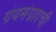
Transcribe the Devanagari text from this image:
ग्रंथसंग्रहाची